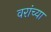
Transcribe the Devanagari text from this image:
वरांच्या